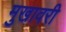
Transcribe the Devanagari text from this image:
मुखावरी